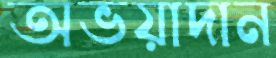
অভয়াদান